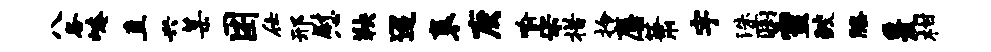
八各崦直兴某困仕邢慰鞅迢袤庚喻宋措拎麋萧宇洙痢蜜鲛膝爰柑